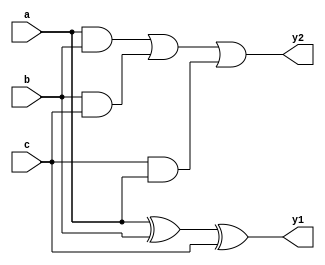
`timescale 1ns / 1ps
//////////////////////////////////////////////////////////////////////////////////
// Company: 
// Engineer: 
// 
// Design Name: 
// Module Name: carry_save_adder
// Project Name: 
// Target Devices: 
// Tool Versions: 
// Description: 
// 
// Dependencies: 
// 
// Revision:
// Revision 0.01 - File Created
// Additional Comments:
// 
//////////////////////////////////////////////////////////////////////////////////


module CSA #(
    parameter WIDTH = 64
)(
    input       [WIDTH-1: 0]     a,
    input       [WIDTH-1: 0]     b,
    input       [WIDTH-1: 0]     c,
    output      [WIDTH-1: 0]     y1,
    output      [WIDTH-1: 0]     y2
);
    assign y1 = a ^ b ^ c;
    assign y2 = (a & b) | (b & c) | (c & a);
endmodule